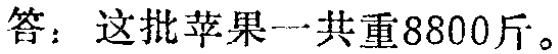
答：这批苹果一共重8800斤。